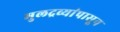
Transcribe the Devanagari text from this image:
मुलद्रव्यांपासून